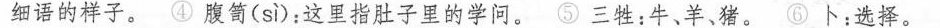
细语的样子。 ④ 腹笥(sì)：这里指肚子里的学问。⑤ 三牲：牛、羊、猪。⑥ 卜：选择。